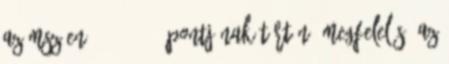
az MSZ EN 671-2 9.1. pontjának történõ megfelelés, az